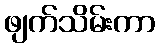
ဖျက်သိမ်းကာ